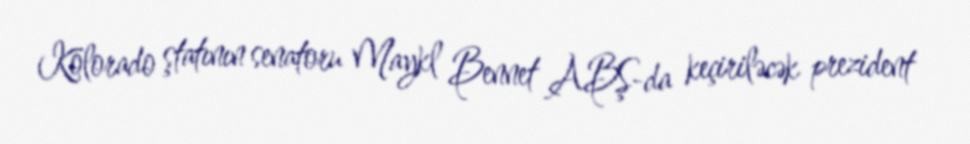
Kolorado ştatının senatoru Maykl Bennet ABŞ-da keçiriləcək prezident